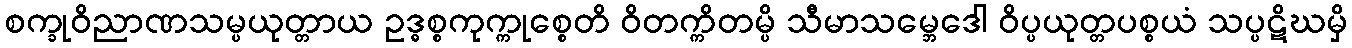
စက္ခုဝိညာဏသမ္ပယုတ္တာယ ဥဒ္ဓစ္စကုက္ကုစ္စေတိ ဝိတက္ကိတမ္ပိ သီမာသမ္ဘေဒေါ ဝိပ္ပယုတ္တပစ္စယံ သပ္ပဋိဃမှိ